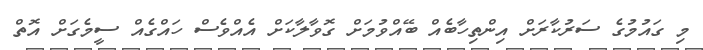
މި ގައުމުގެ ސަރުކާރަށް އިންތިހާބެއް ބޭއްވުމަށް ގޮވާލާކަށް އެއްވެސް ހައްގެއް ސީމެގަށް އޮތް